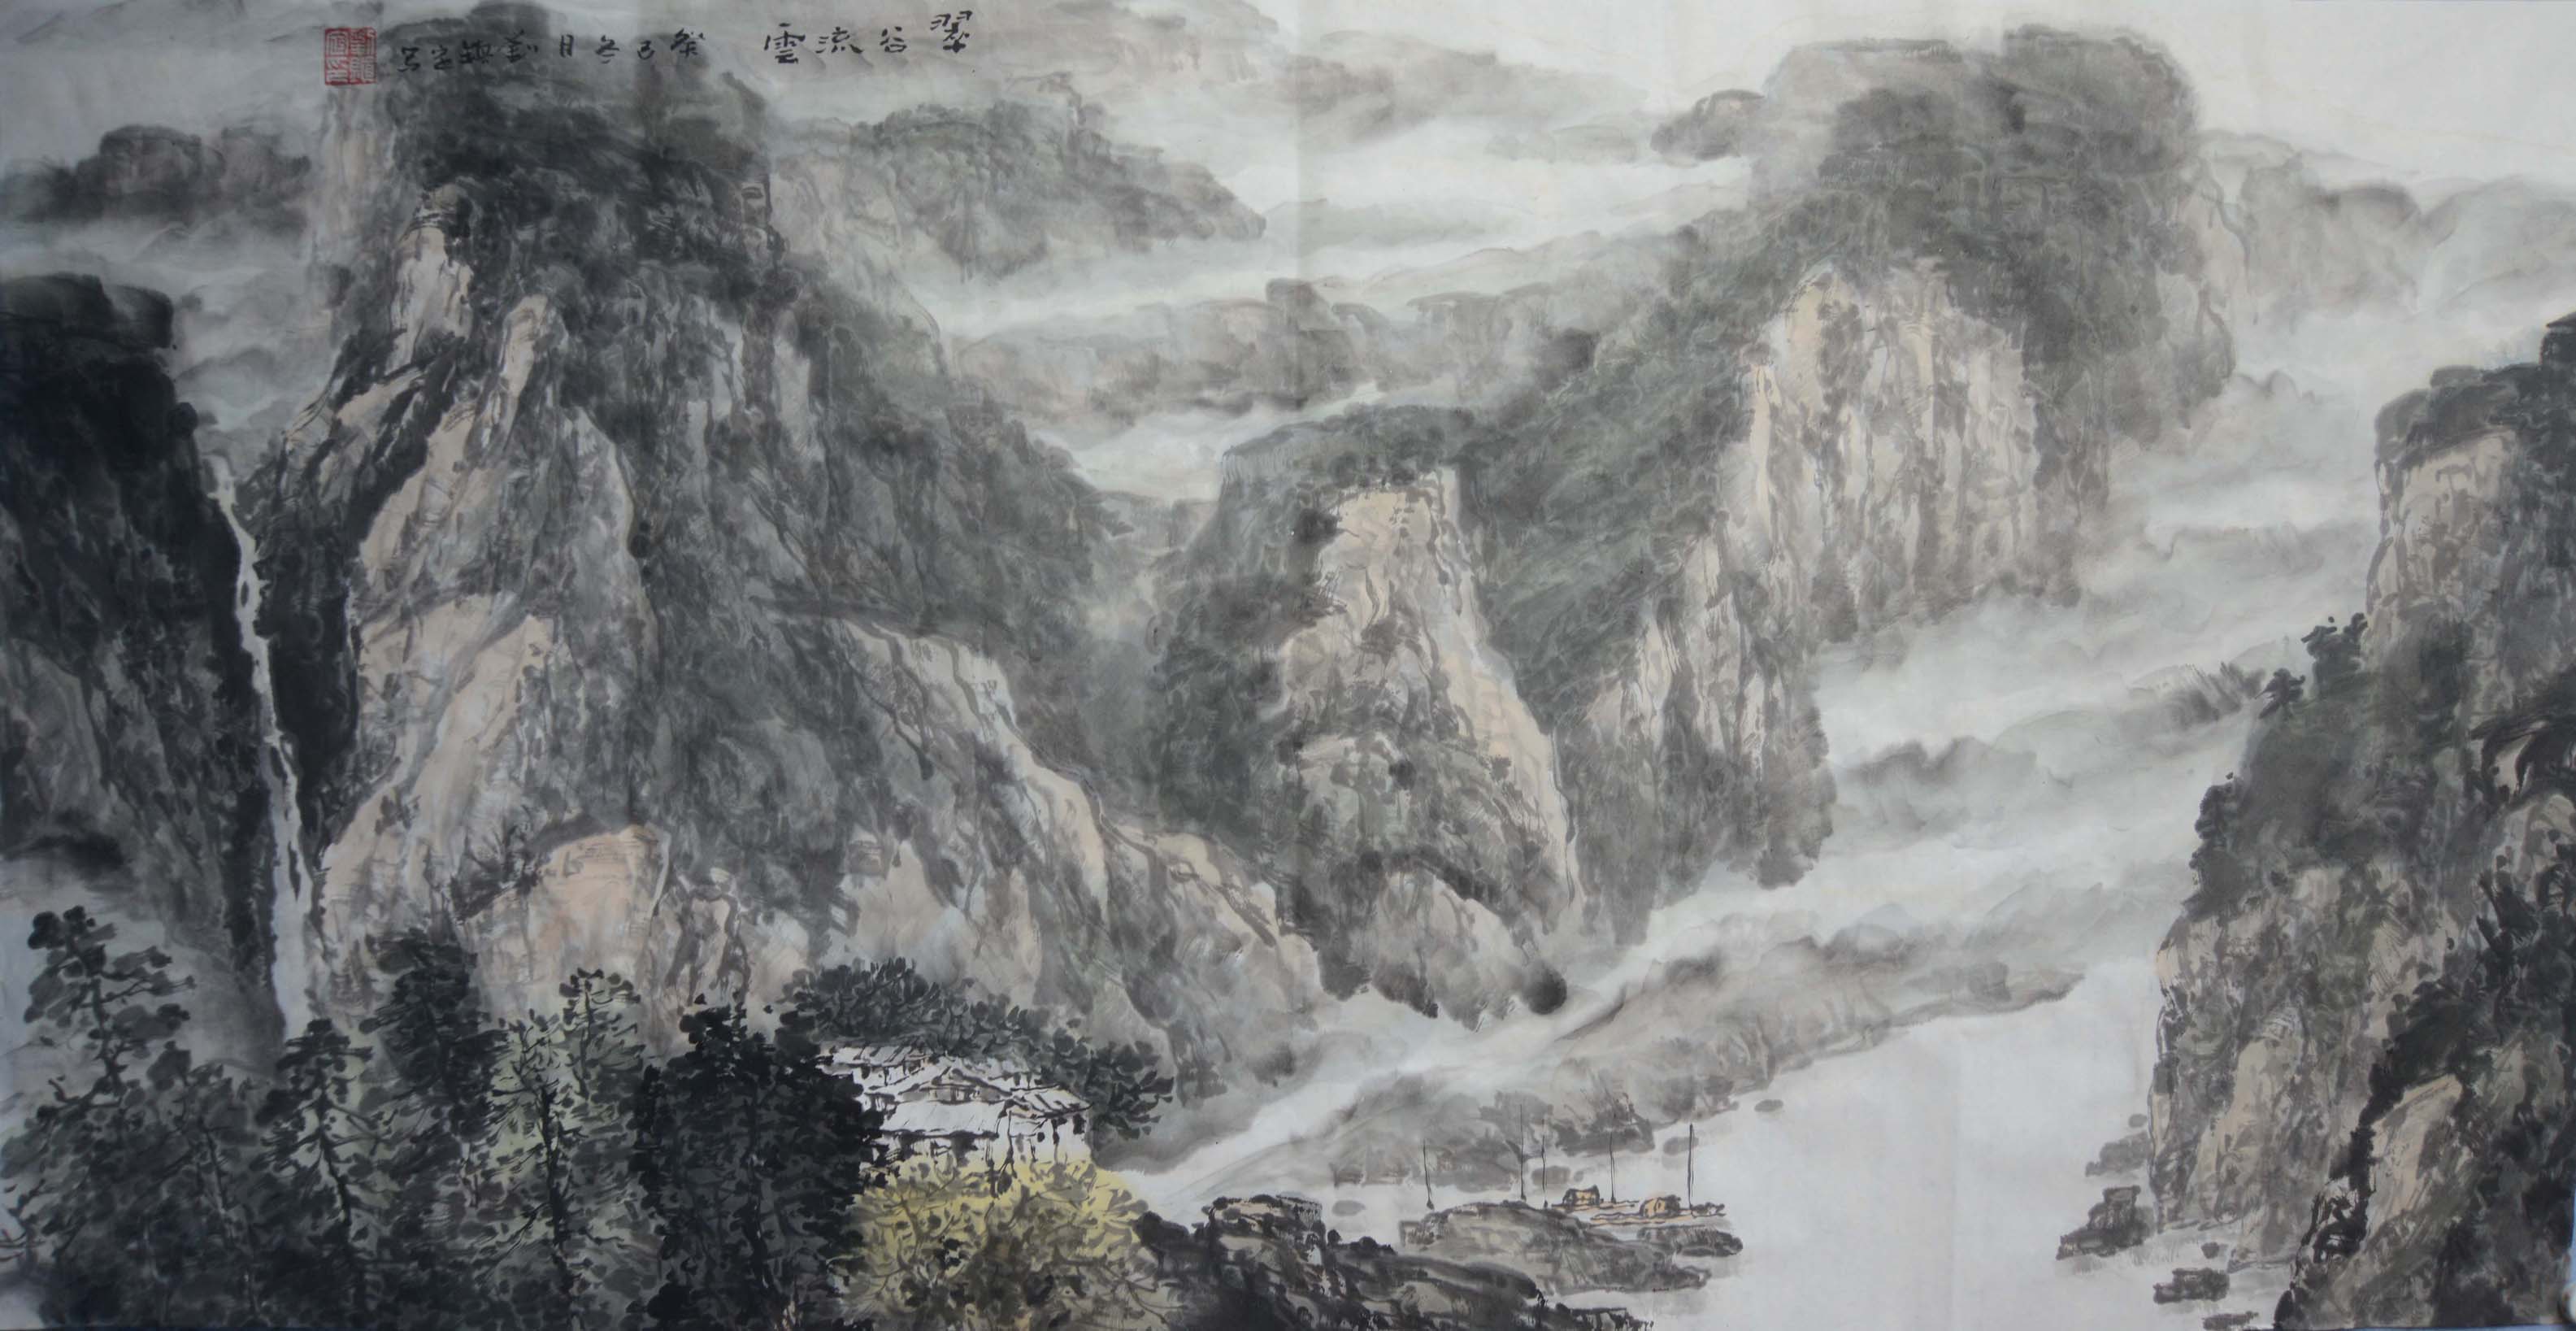
素娥惟与月，青女不饶霜。